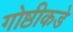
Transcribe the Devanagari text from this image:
गोष्ठीकडे